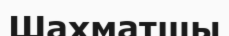
Шахматшы